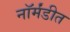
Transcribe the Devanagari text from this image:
नॉर्मंडीत